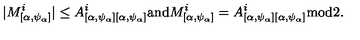
| M _ { [ \alpha , \psi _ { \alpha } ] } ^ { i } | \leq A _ { [ \alpha , \psi _ { \alpha } ] [ \alpha , \psi _ { \alpha } ] } ^ { i } \mathrm { a n d } M _ { [ \alpha , \psi _ { \alpha } ] } ^ { i } = A _ { [ \alpha , \psi _ { \alpha } ] [ \alpha , \psi _ { \alpha } ] } ^ { i } \mathrm { m o d } 2 .